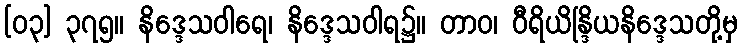
[၀၃] ၃၇၅။ နိဒ္ဒေသဝါရေ၊ နိဒ္ဒေသဝါရ၌။ တာဝ၊ ဝီရိယိန္ဒြိယနိဒ္ဒေသတို့မှ